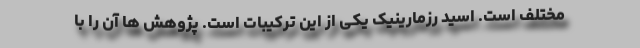
مختلف است. اسید رزمارینیک یکی از این ترکیبات است. پژوهش ها آن را با